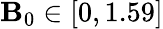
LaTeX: \mathbf{B}_{0}\in[0,1.59]